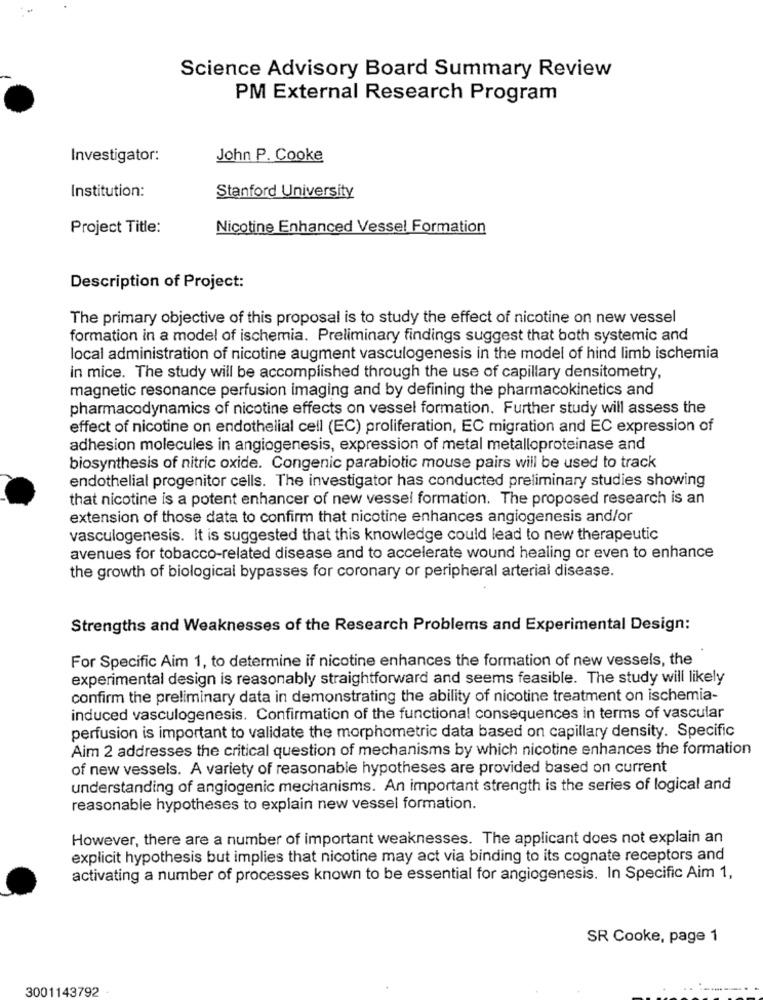
Science Advisory Board Summary Review
PM External Research Program
Investigator:
John P. Cooke
Institution:
Stanford University
Project Title:
Nicotine Enhanced Vessel Formation
Description of Project:
The primary objective of this proposal is to study the effect of nicotine on new vessel
formation in a model of ischemia. Preliminary findings suggest that both systemic and
local administration of nicotine augment vasculogenesis in the model of hind limb ischemia
in mice. The study will be accomplished through the use of capillary densitometry,
magnetic resonance perfusion imaging and by defining the pharmacokinetics and
pharmacodynamics of nicotine effects on vessel formation. Further study will assess the
effect of nicotine on endothelial cell (EC) proliferation, EC migration and EC expression of
adhesion molecules in angiogenesis, expression of metal metalloproteinase and
biosynthesis of nitric oxide. Congenic parabiotic mouse pairs will be used to track
endothelial progenitor cells. The investigator has conducted preliminary studies showing
that nicotine is a potent enhancer of new vessel formation. The proposed research is an
extension of those data to confirm that nicotine enhances angiogenesis and/or
vasculogenesis. It is suggested that this knowledge could lead to new therapeutic
avenues for tobacco-related disease and to accelerate wound healing or even to enhance
the growth of biological bypasses for coronary or peripheral arterial disease.
Strengths and Weaknesses of the Research Problems and Experimental Design:
For Specific Aim 1, to determine if nicotine enhances the formation of new vessels, the
experimental design is reasonably straightforward and seems feasible. The study will likely
confirm the preliminary data in demonstrating the ability of nicotine treatment on ischemia-
induced vasculogenesis. Confirmation of the functional consequences in terms of vascular
perfusion is important to validate the morphometric data based on capillary density. Specific
Aim 2 addresses the critical question of mechanisms by which nicotine enhances the formation
of new vessels. A variety of reasonable hypotheses are provided based on current
understanding of angiogenic mechanisms. An important strength is the series of logical and
reasonable hypotheses to explain new vessel formation.
However, there are a number of important weaknesses. The applicant does not explain an
explicit hypothesis but implies that nicotine may act via binding to its cognate receptors and
activating a number of processes known to be essential for angiogenesis. In Specific Aim 1,
SR Cooke, page 1
3001143792